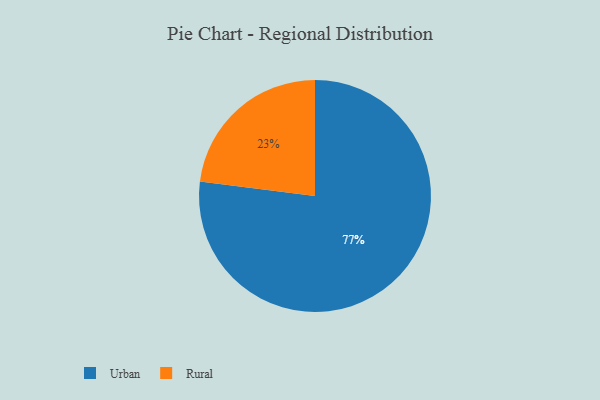
{"axis": {"x": "Category", "y": "Percentage"}, "legend": ["Rural", "Urban"], "data": [{"x": "Rural", "y": 23, "type": "Rural"}, {"x": "Urban", "y": 77, "type": "Urban"}]}